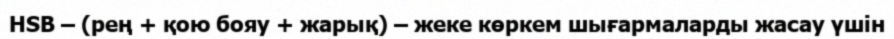
HSB – (рең + қою бояу + жарық) – жеке көркем шығармаларды жасау үшін